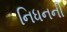
નિધનની